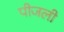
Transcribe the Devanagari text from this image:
पीजली